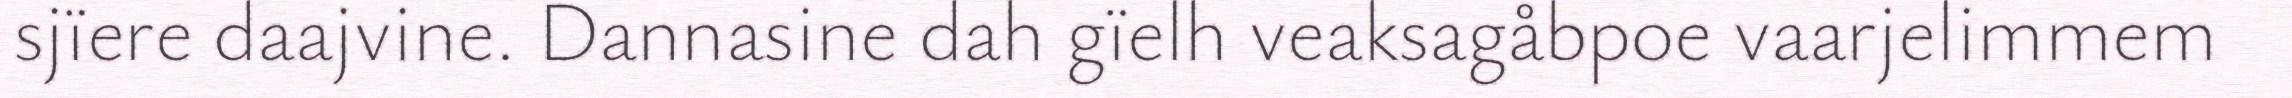
sjïere daajvine. Dannasine dah gïelh veaksagåbpoe vaarjelimmem